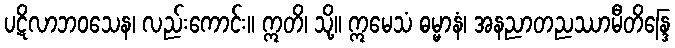
ပဋိလာဘဝသေန၊ လည်းကောင်း။ ဣတိ၊ သို့။ ဣမေသံ ဓမ္မာနံ၊ အနညာတညဿာမီတိန္ဒြေ